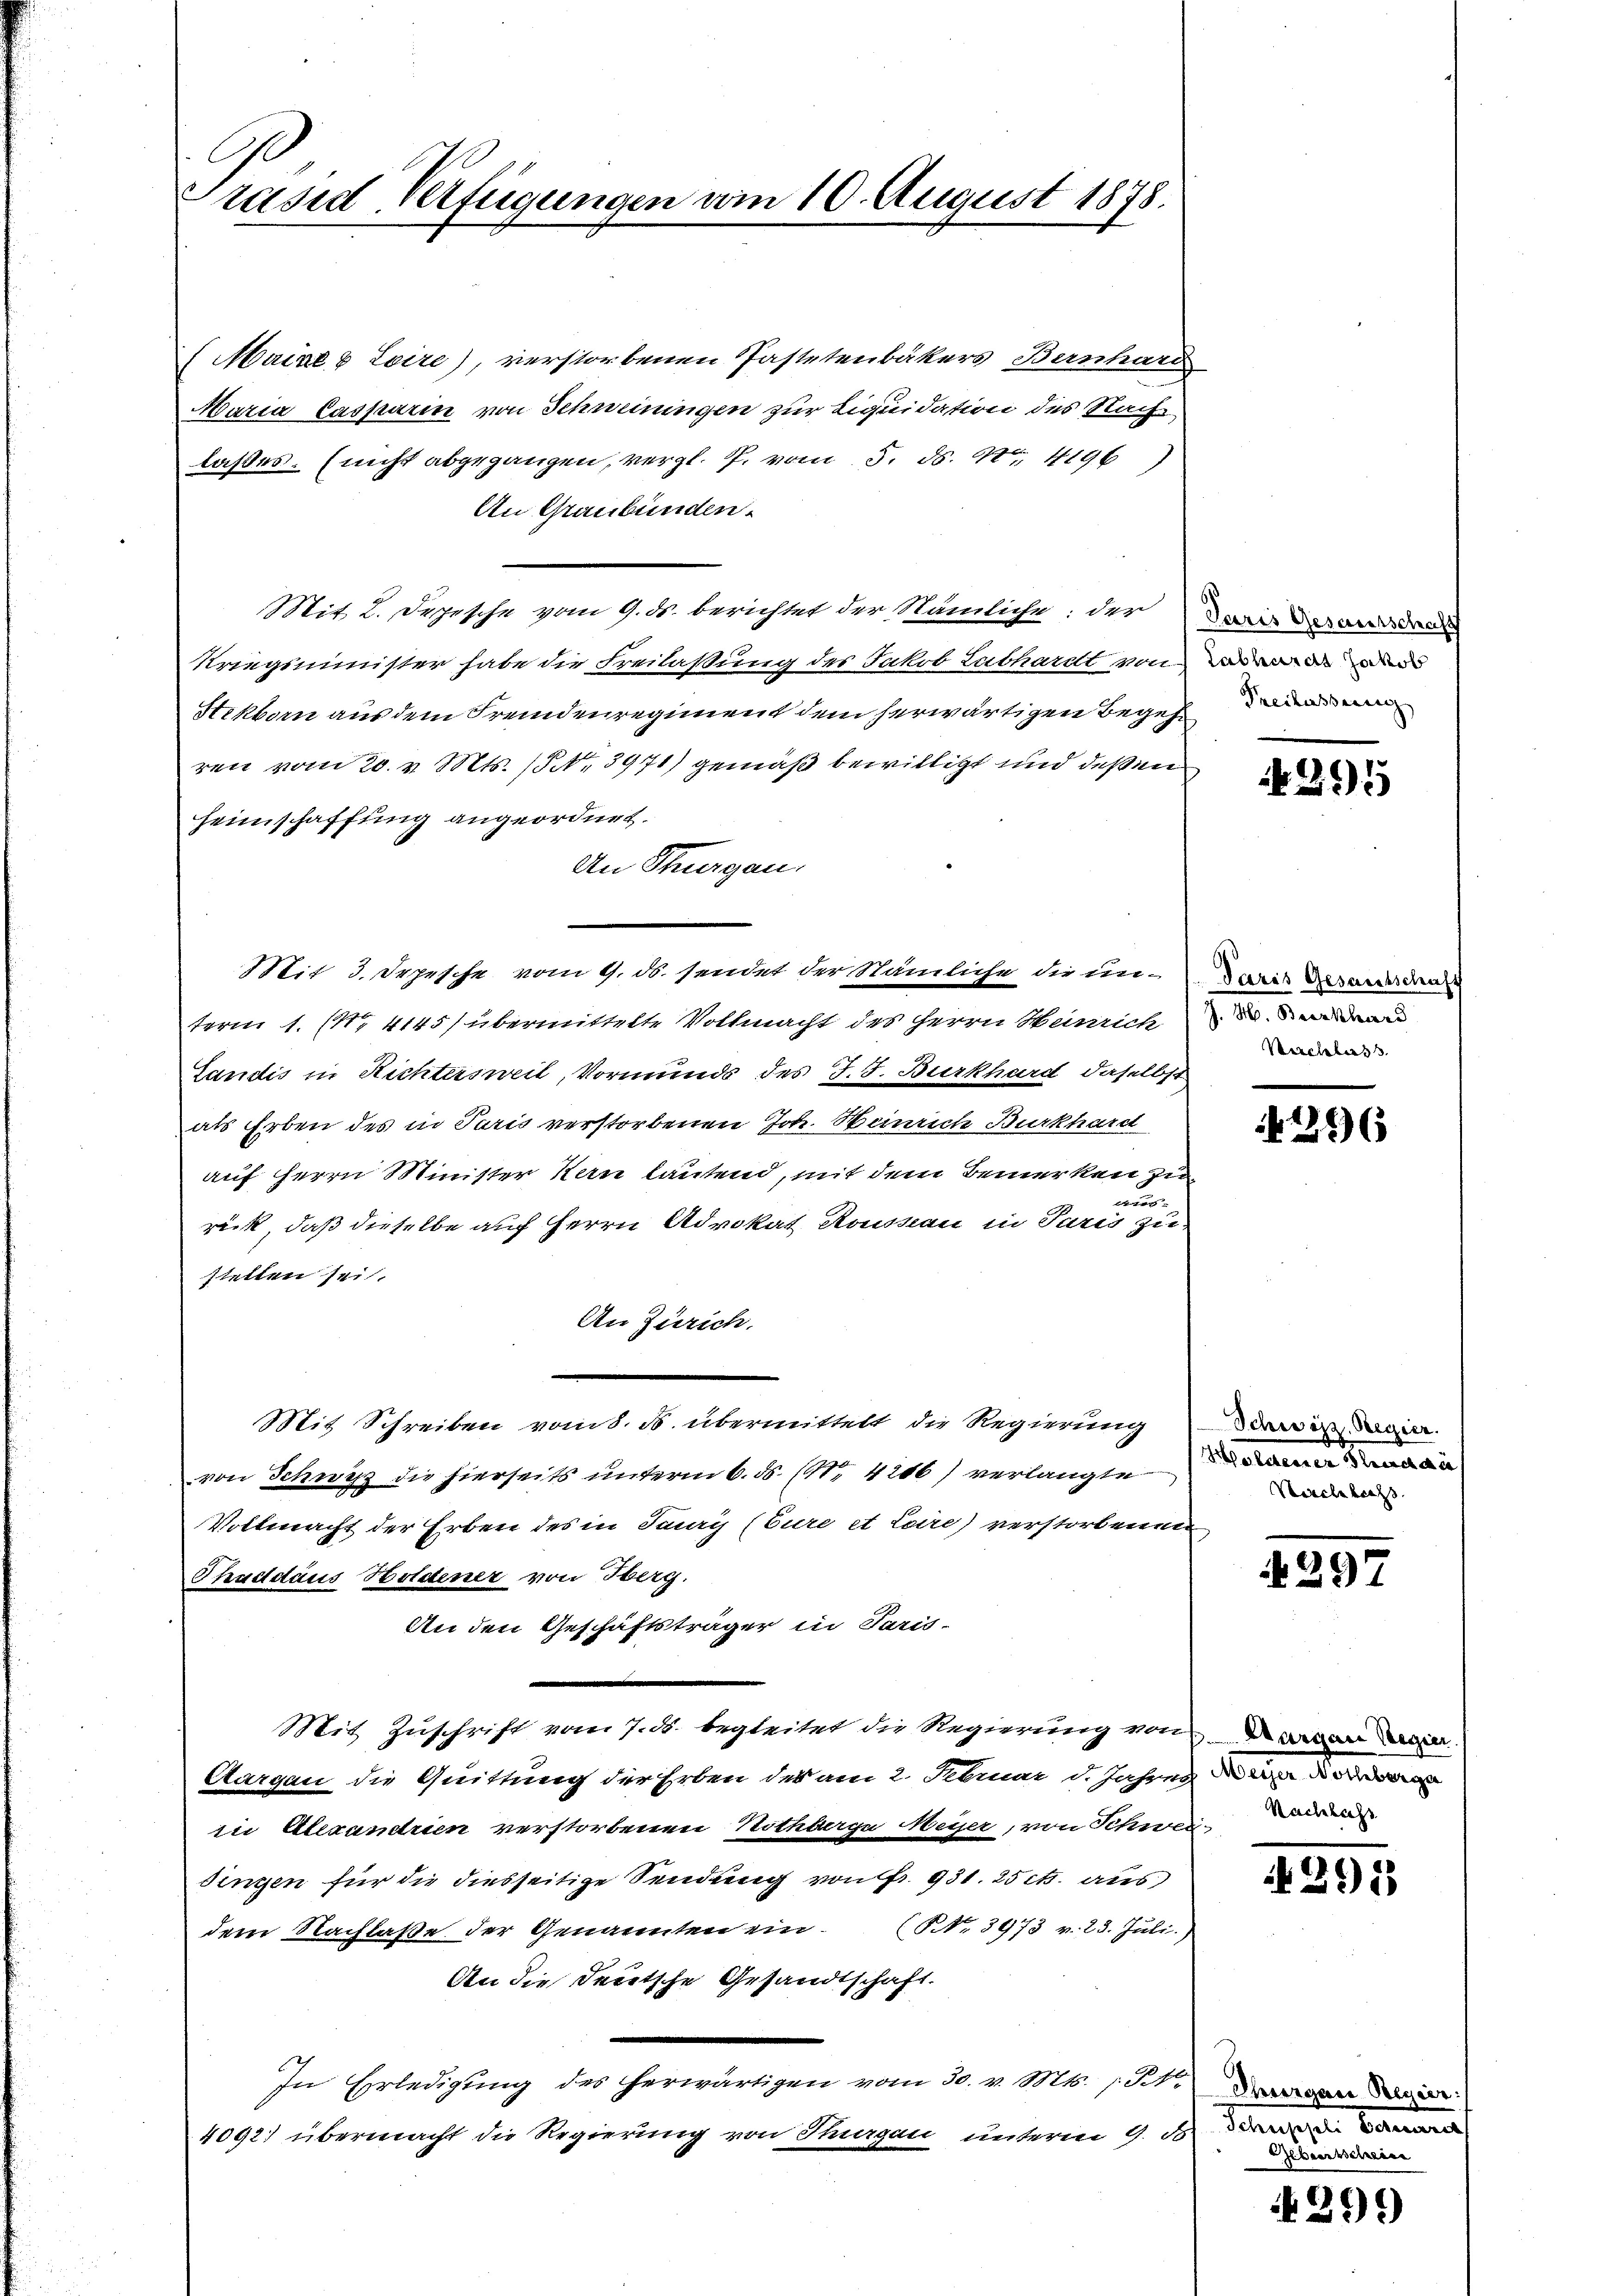
Präsid Verfügungen vom 10. August 1878.

Maine & Loire), verstorbenen Pastetenbakers Bernhard
Maria Casparin von Schweiningen zur Liquidation des Nacht-
laßes. (nicht abgegangen, vergl. P. vom 5. ds. 1 4196
An Graubünden.
Mit 2. Depesche vom 9. ds. berichtet der Nämliche: der Darin derard de
Kriegsminister habe die Freilassung des Jakob Labhardt von
Stikborn aus dem Fremdenregiment dem herwärtigen Begehei
ren vom 20. v. Mts. /5 NNo. 3971) gemäß bewilligt und deßen
Heimschaffung angeordnet.
An Thurgau.
Stit 3. Depesche vom 9. ds. sendet der Stämliche die unterm 1. (Nr. 4145/ übermittelte Vollmacht des Herrn Heinrich das ander au
Landis in Richtersweil, Vormunds des J. J. Burkhard, daselbst
als Erben des in Paris verstorbenen Joh. Heinrich Burkhard
auf Herrn Minister Kern lautend, mit dem Bemerken zu
nu
rück, daß dieselbe auch Herrn Advokat Rousseau in Paris zu
stellen sei.
An Zürich.
Mit Schreiben vom 8. ds. übermittelt die Regierung
von Schwyz die hierseits unterm 6. ds. (141. 4206) verlangte
Vollmacht der Erben des in Jaury (Eure et Loire) verstorbenen
Thuddaus Holdener von Oberg.
An den Geschäftsträger in Paris-
Mit Zuschrift vom 7. ds. begleitet die Regierung von einen an
Aargau die Quittung der Erben des am 2. Februar d. Jahren daz die de
in Alexandrien verstorbenen Nothberge Meyer, von Schweidingen für die diesseitige Sendung von Fr. 931. 25 cts. aus
dem Nachlaße der Genannten ein. (N. 3973 v. 23. Juli.)
An die deutsche Gesandtschaft.
In Erledigung des herwärtigen vom 30. v. Mts. /. M. Daneber di
4092) übermacht die Regierung von Margau unterm 9. di

295

Paris Gesandtschaff
Verchterss

296

Schwizz, Regier
Shaldenser Stadt an
Kirchlachs

297

Nachlass

291

Geburtschein

4299